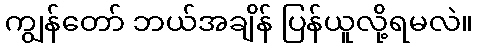
ကျွန်တော် ဘယ်အချိန် ပြန်ယူလို့ရမလဲ။